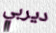
ديربي